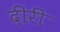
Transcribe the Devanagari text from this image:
दीरी